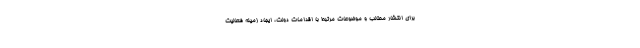
برای انتشار مطالب و موضوعات مرتبط با اقدامات دولت، ایجاد زمینه فعالیت